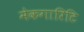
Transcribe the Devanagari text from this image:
मेकगारिटि